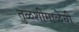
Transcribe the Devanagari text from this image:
तुळशीमाळेची